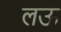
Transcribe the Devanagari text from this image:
लऊ